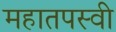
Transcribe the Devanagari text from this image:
महातपस्वी